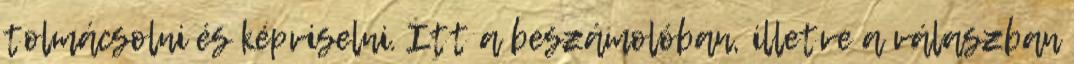
tolmácsolni és képviselni. Itt a beszámolóban, illetve a válaszban